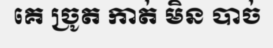
គេ ច្រូត កាត់ មិន បាច់